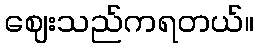
ဈေးသည်ကရတယ်။